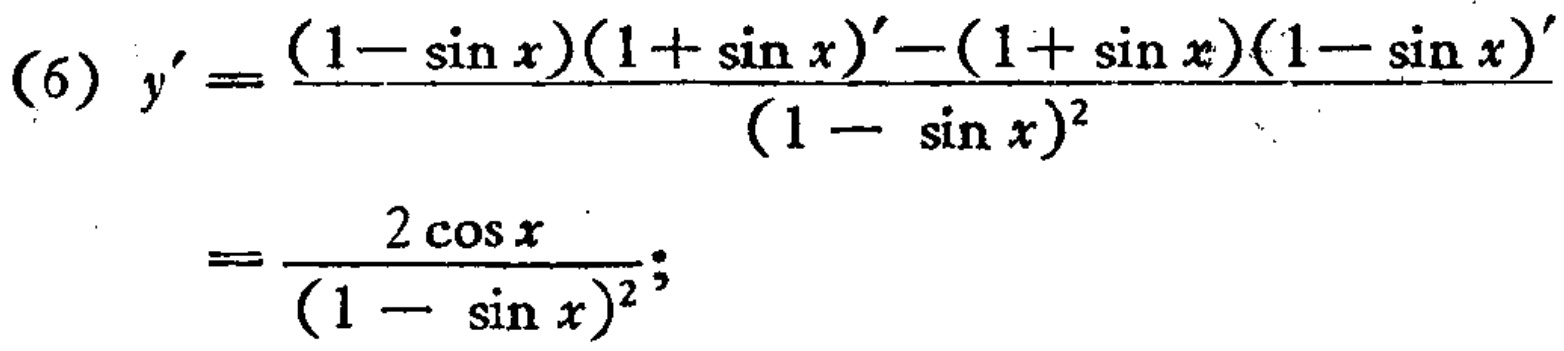
\[
\begin{align*}
(6)\ y'&=\frac{(1 - \sin x)(1 + \sin x)'-(1 + \sin x)(1 - \sin x)'}{(1 - \sin x)^2}\\
&=\frac{2\cos x}{(1 - \sin x)^2};
\end{align*}
\]